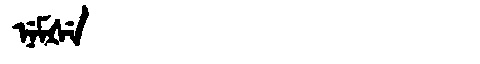
Manchu: ᠨᡝᠮᡧᡝ
Romanization: NEMŠE